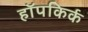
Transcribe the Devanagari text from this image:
हॉपकिर्क